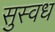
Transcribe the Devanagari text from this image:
सुस्वध